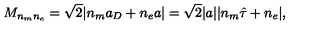
M _ { n _ { m } n _ { e } } = \sqrt 2 | n _ { m } a _ { D } + n _ { e } a | = \sqrt 2 | a | | n _ { m } \hat { \tau } + n _ { e } | ,